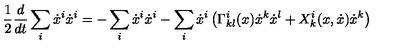
\frac { 1 } { 2 } \frac { d } { d t } \sum _ { i } \dot { x } ^ { i } \dot { x } ^ { i } = - \sum _ { i } \dot { x } ^ { i } \dot { x } ^ { i } - \sum _ { i } \dot { x } ^ { i } \left( \Gamma _ { k l } ^ { i } ( x ) \dot { x } ^ { k } \dot { x } ^ { l } + X _ { k } ^ { i } ( x , \dot { x } ) \dot { x } ^ { k } \right)